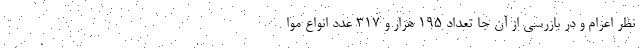
نظر اعزام و در بازرسی از آن جا تعداد ۱۹۵ هزار و ۳۱۷ عدد انواع موا